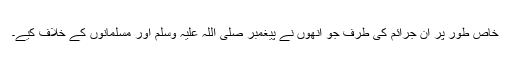
خاص طور پر ان جرائم کی طرف جو انھوں نے پیغمبر صلی اللہ علیہ وسلم اور مسلمانوں کے خلاف کیے۔